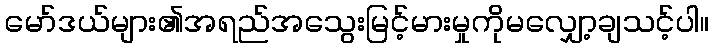
မော်ဒယ်များ၏အရည်အသွေးမြင့်မားမှုကိုမလျှော့ချသင့်ပါ။